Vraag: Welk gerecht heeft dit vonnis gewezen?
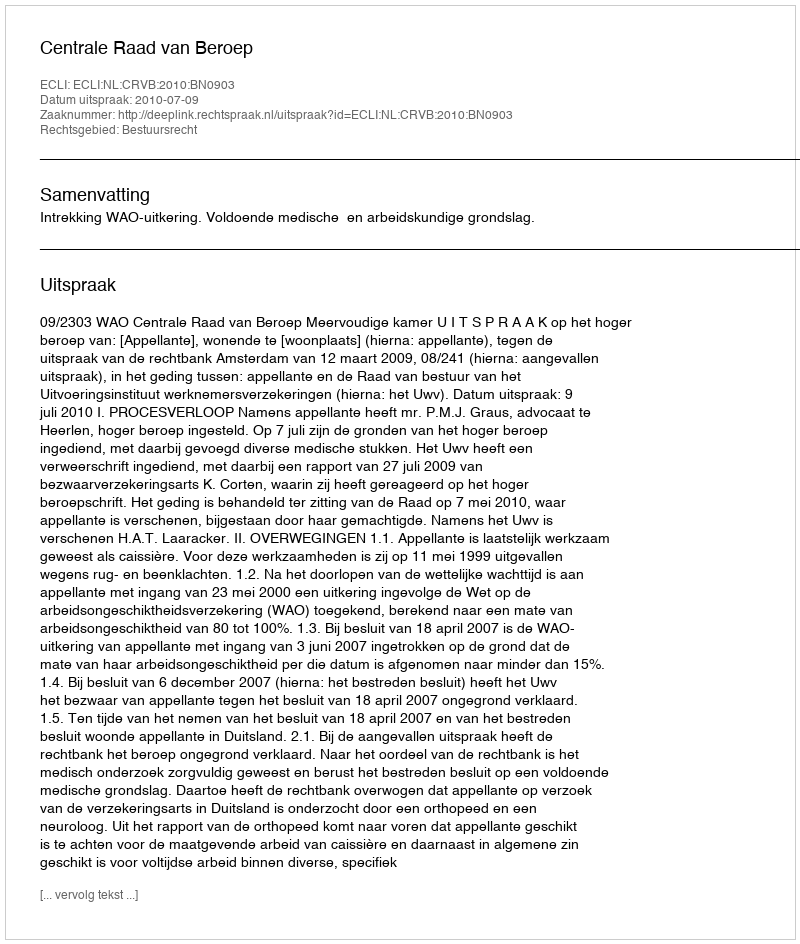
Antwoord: Centrale Raad van Beroep